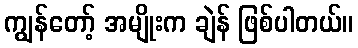
ကျွန်တော့် အမျိုးက ချဲန် ဖြစ်ပါတယ်။